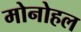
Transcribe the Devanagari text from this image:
मोनोहल